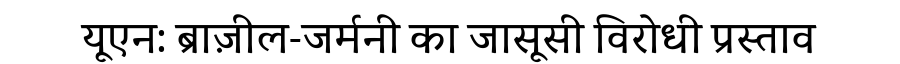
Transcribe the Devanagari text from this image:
यूएन: ब्राज़ील-जर्मनी का जासूसी विरोधी प्रस्ताव